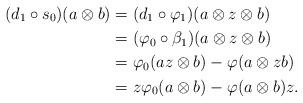
LaTeX: \begin{align*}(d_1 \circ s_0)(a \otimes b) &= (d_1 \circ \varphi_1)(a \otimes z \otimes b)\\&= (\varphi_0 \circ \beta_1)(a \otimes z \otimes b)\\&= \varphi_0(az \otimes b) - \varphi(a \otimes zb)\\&= z\varphi_0(a \otimes b) - \varphi(a \otimes b)z .\end{align*}